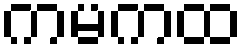
ကမကထ